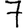
Digit: 7